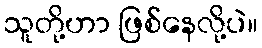
သူတို့ဟာ ဖြစ်နေလို့ပဲ။